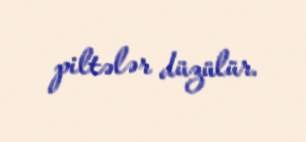
piltələr düzülür.